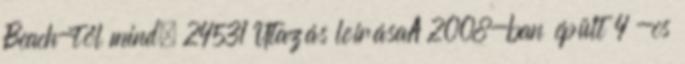
Beach-től mind. 24531 Utazás leírásaA 2008-ban épült 4 -os